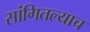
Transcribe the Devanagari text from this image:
सांगितल्याच